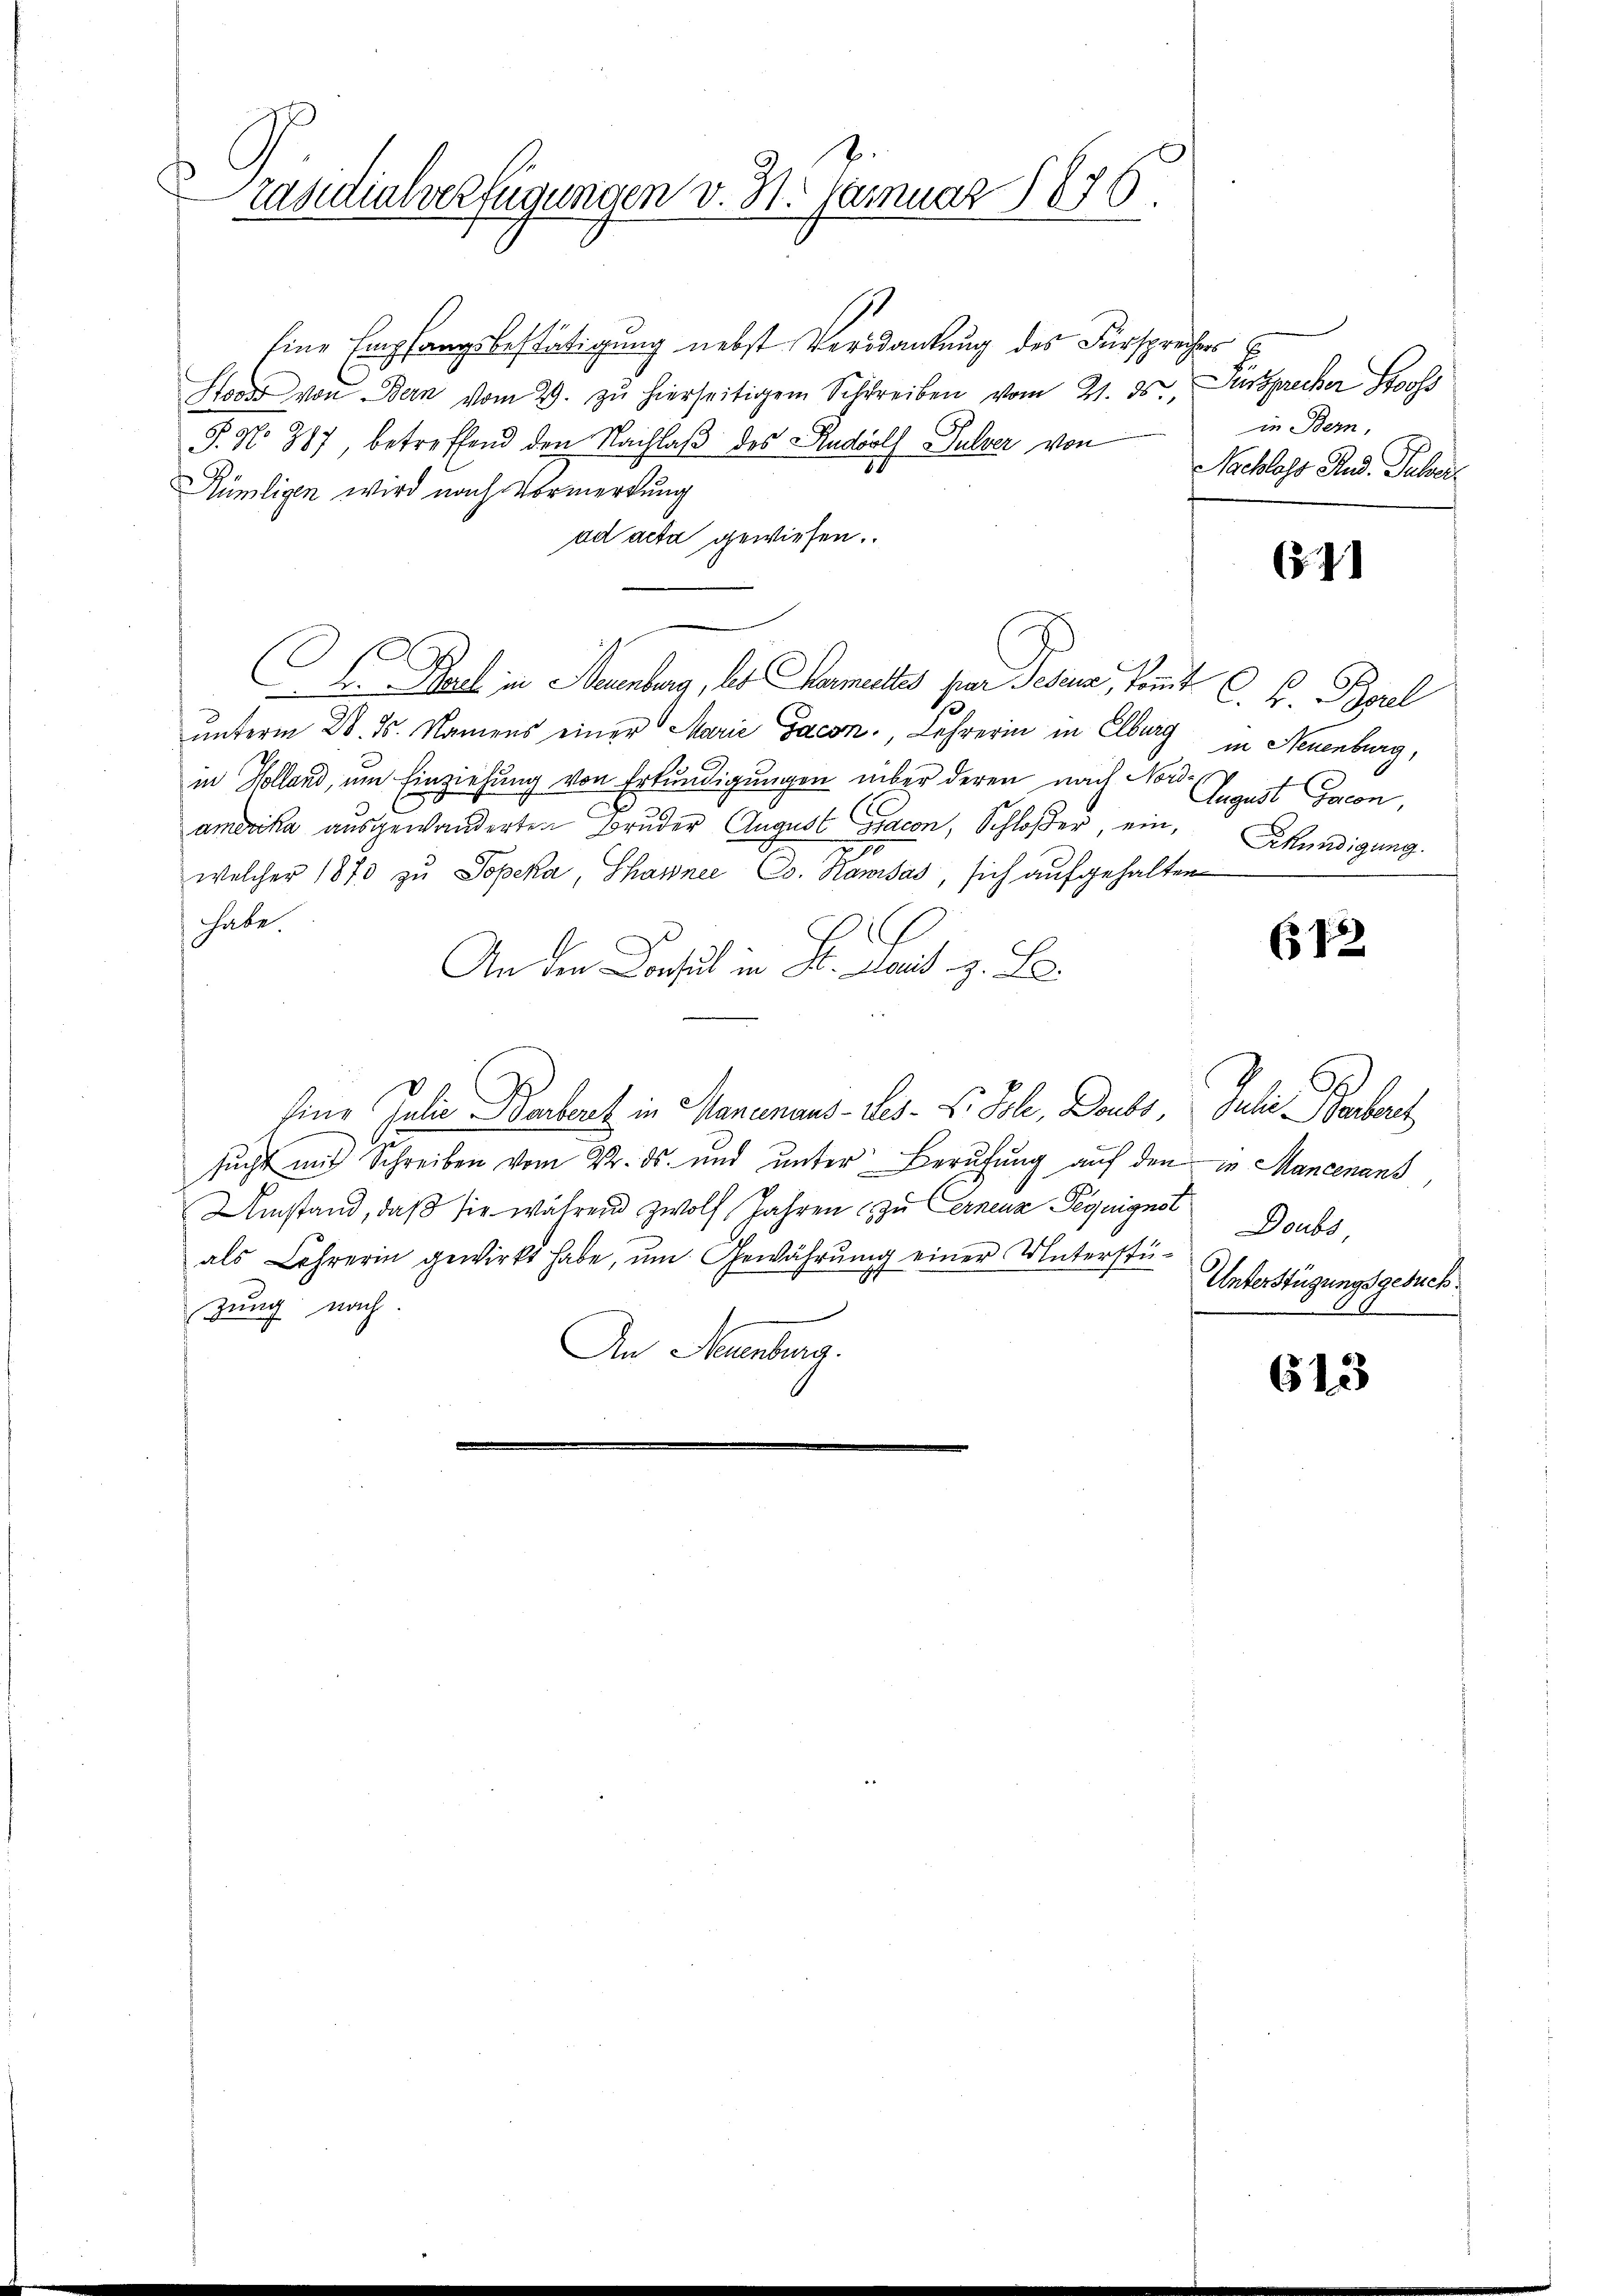
¬
Präsidialverfügungen v. 31. Januar 1876.

Eine Empfangsbestätigung nebst Verdankung des Fürsprechers E
Hoder von Bern vom 29. zŭ hierseitigem Schreiben vom 21. ds., Aussprecher Stooss
P. No 887 betreffend den Nachlaβ des Rudolf Pulver von
Rümligen wird nach Vormerkung
ad acta gewiesen.
E. Bach in Neuenburg, les armachtes per Jesus, kommt C. F. Borel
unterm 28. ds. Namens einer Marie Gacon, Lehrerin in Elburg in Neuenburg,
in Kolland, um Einziehung von Erkundigungen über deren nach Nor August Gacon,
amerika ausgewanderten Bruder August Giacon, Schloßer, ein, Erkundigung.
welcher 1870 zu Sopeka, Shawnee, Co. Kamisas, sich aufgehalten
habe.
An die Consul in St. Land z. B.
Eine Julia Barbant in Manemans-Ges. S. Sole, Baube, Julie Bertorch
sucht mit Schreiben vom Dr. ds. und unter Berufung auf den in Mancenans
Umstand, daβ sie während zwölf Jahren zu ernenz Peguignst Doubs
als Lehrerin gewirkt habe, ŭm Gewährŭng einer Unterstüzung nach
An Neuenburg.

in Bern,
Nachloss Rud. Pulver

(11

(12

Unterstügungsgesuch

613